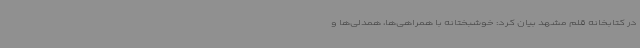
در کتابخانه قلم مشهد بیان کرد: خوشبختانه با همراهی‌ها، همدلی‌ها و